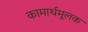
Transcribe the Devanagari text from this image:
कामार्थमूलक